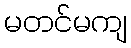
မတင်မကျ